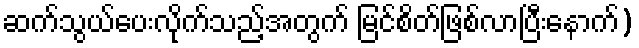
ဆက်သွယ်ပေးလိုက်သည့်အတွက် မြင်စိတ်ဖြစ်လာပြီးနောက်)